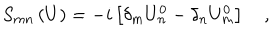
LaTeX: S _ { m n } \left( U \right) = - i \left[ \delta _ { m } U _ { n } ^ { 0 } - \delta _ { n } U _ { m } ^ { 0 } \right] \quad ,